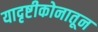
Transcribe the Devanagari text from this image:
यादृष्टीकोनातून